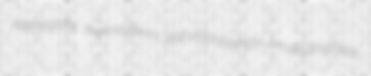
pterergate thermoform self-sacrificingly unabidingness